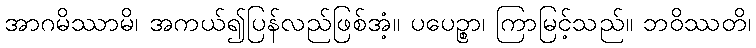
အာဂမိဿာမိ၊ အကယ်၍ပြန်လည်ဖြစ်အံ့။ ပပေဉ္စာ၊ ကြာမြင့်သည်။ ဘဝိဿတိ၊